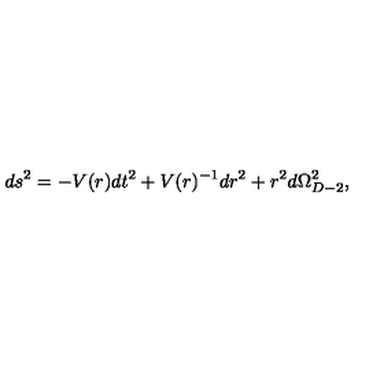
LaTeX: d s ^ { 2 } = - V ( r ) d t ^ { 2 } + V ( r ) ^ { - 1 } d r ^ { 2 } + r ^ { 2 } d \Omega _ { D - 2 } ^ { 2 } ,